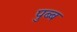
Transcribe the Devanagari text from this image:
पुब्ब